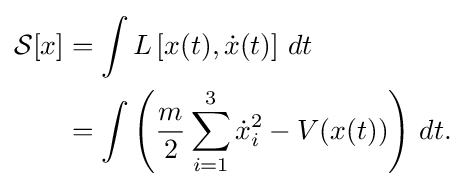
{\begin{aligned}{\mathcal {S}}[x]&=\int L\left[x(t),{\dot {x}}(t)\right]\,dt\\&=\int \left({\frac {m}{2}}\sum _{i=1}^{3}{\dot {x}}_{i}^{2}-V(x(t))\right)\,dt.\end{aligned}}